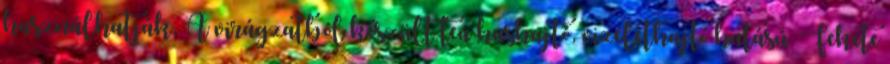
használhatják. A virágzatból készült tea hashajtó, vizelethajtó hatású. Fekete